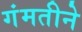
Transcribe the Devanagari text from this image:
गंमतीने